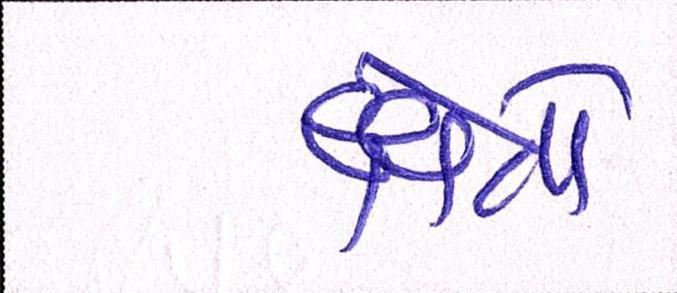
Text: ક્ષેત્રો